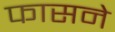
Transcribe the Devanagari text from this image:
फासने